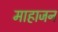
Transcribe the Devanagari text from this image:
माहाजन